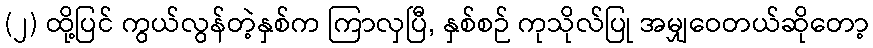
(၂) ထို့ပြင် ကွယ်လွန်တဲ့နှစ်က ကြာလှပြီ, နှစ်စဉ် ကုသိုလ်ပြု အမျှဝေတယ်ဆိုတော့